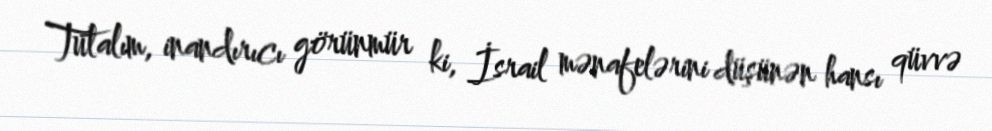
Tutalım, inandırıcı görünmür ki, İsrail mənafelərini düşünən hansı qüvvə